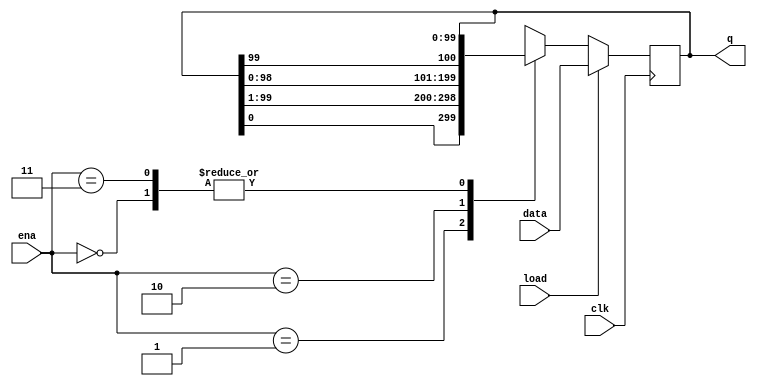
module top_module(
    input clk,
    input load,
    input [1:0] ena,
    input [99:0] data,
    output reg [99:0] q); 
    always@(posedge clk)
        begin
            if(load)
                begin
                    q<=data;
                end
            else
                begin
                    case(ena)
                        2'b00: begin q<=q; end
                        2'b01: begin q<={q[0], q[99:1]}; end
                        2'b10: begin q<={q[98:0], q[99]}; end
                        2'b11: begin q<=q; end   
                    endcase
                end
        end
endmodule